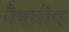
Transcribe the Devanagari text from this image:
नैषघीय